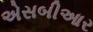
એસબીઆર